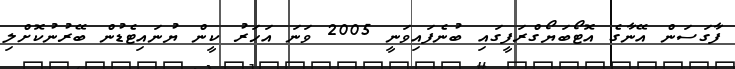
ފާގަސަން އޭނާގެ އޮޓޯބަޔޯގްރަފީގައި ބުނެފައިވަނީ 2005 ވަނަ އަހަރު ކީން ޔުނައިޓެޑުން ބޭރުނުކޮށްލި